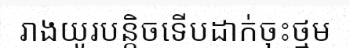
រាងយូរបន្តិចទើបដាក់ចុះថ្មម